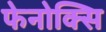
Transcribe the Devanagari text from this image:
फेनोक्सि